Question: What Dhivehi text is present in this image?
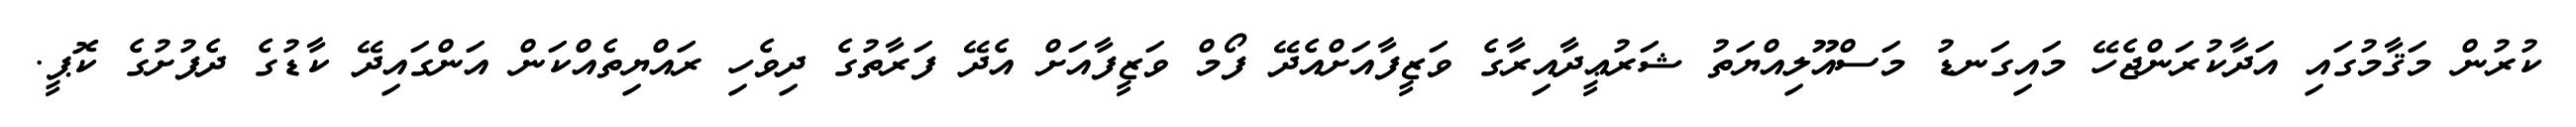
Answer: ކުރުން މަޤާމުގައި އަދާކުރަންޖެހޭ މައިގަނޑު މަސްއޫލިއްޔަތު ޝަރުޢީދާއިރާގެ ވަޒީފާއަށްއެދޭ ފޯމް ވަޒީފާއަށް އެދޭ ފަރާތުގެ ދިވެހި ރައްޔިތެއްކަން އަންގައިދޭ ކާޑުގެ ދެފުށުގެ ކޮޕީ.